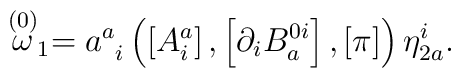
\stackrel{\left( 0\right) }{\omega }_{1}=a_{\;\;i}^{a}\left( \left[A_{i}^{a}\right] ,\left[ \partial _{i}B_{a}^{0i}\right] ,\left[ \pi \right]\right) \eta _{2a}^{i}.